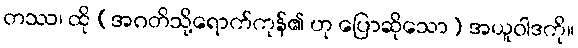
တဿ၊ ထို (အဂတိသို့ရောက်ကုန်၏ ဟု ပြောဆိုသော) အယူဝါဒကို။